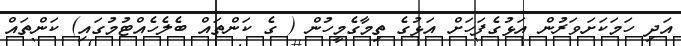
އަދި ހަމަކަށަވަރުން އަޅުގެފަހަށް އަޅުގެ ތިމާގެމީހުން ( ގެ ކަންތައް ބެލެހެއްޓުމުގައި) ކަންތައް